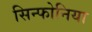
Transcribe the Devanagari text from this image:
सिन्फोनिया